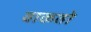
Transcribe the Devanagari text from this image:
वाकतो